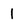
Character: 1